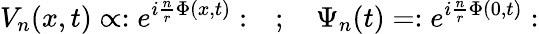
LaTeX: V_{n}(x,t)\propto:e^{i\frac{n}{r}\Phi(x,t)}:\quad;\quad\Psi_{n}(t)=:e^{i\frac{n}{r}\Phi(0,t)}: